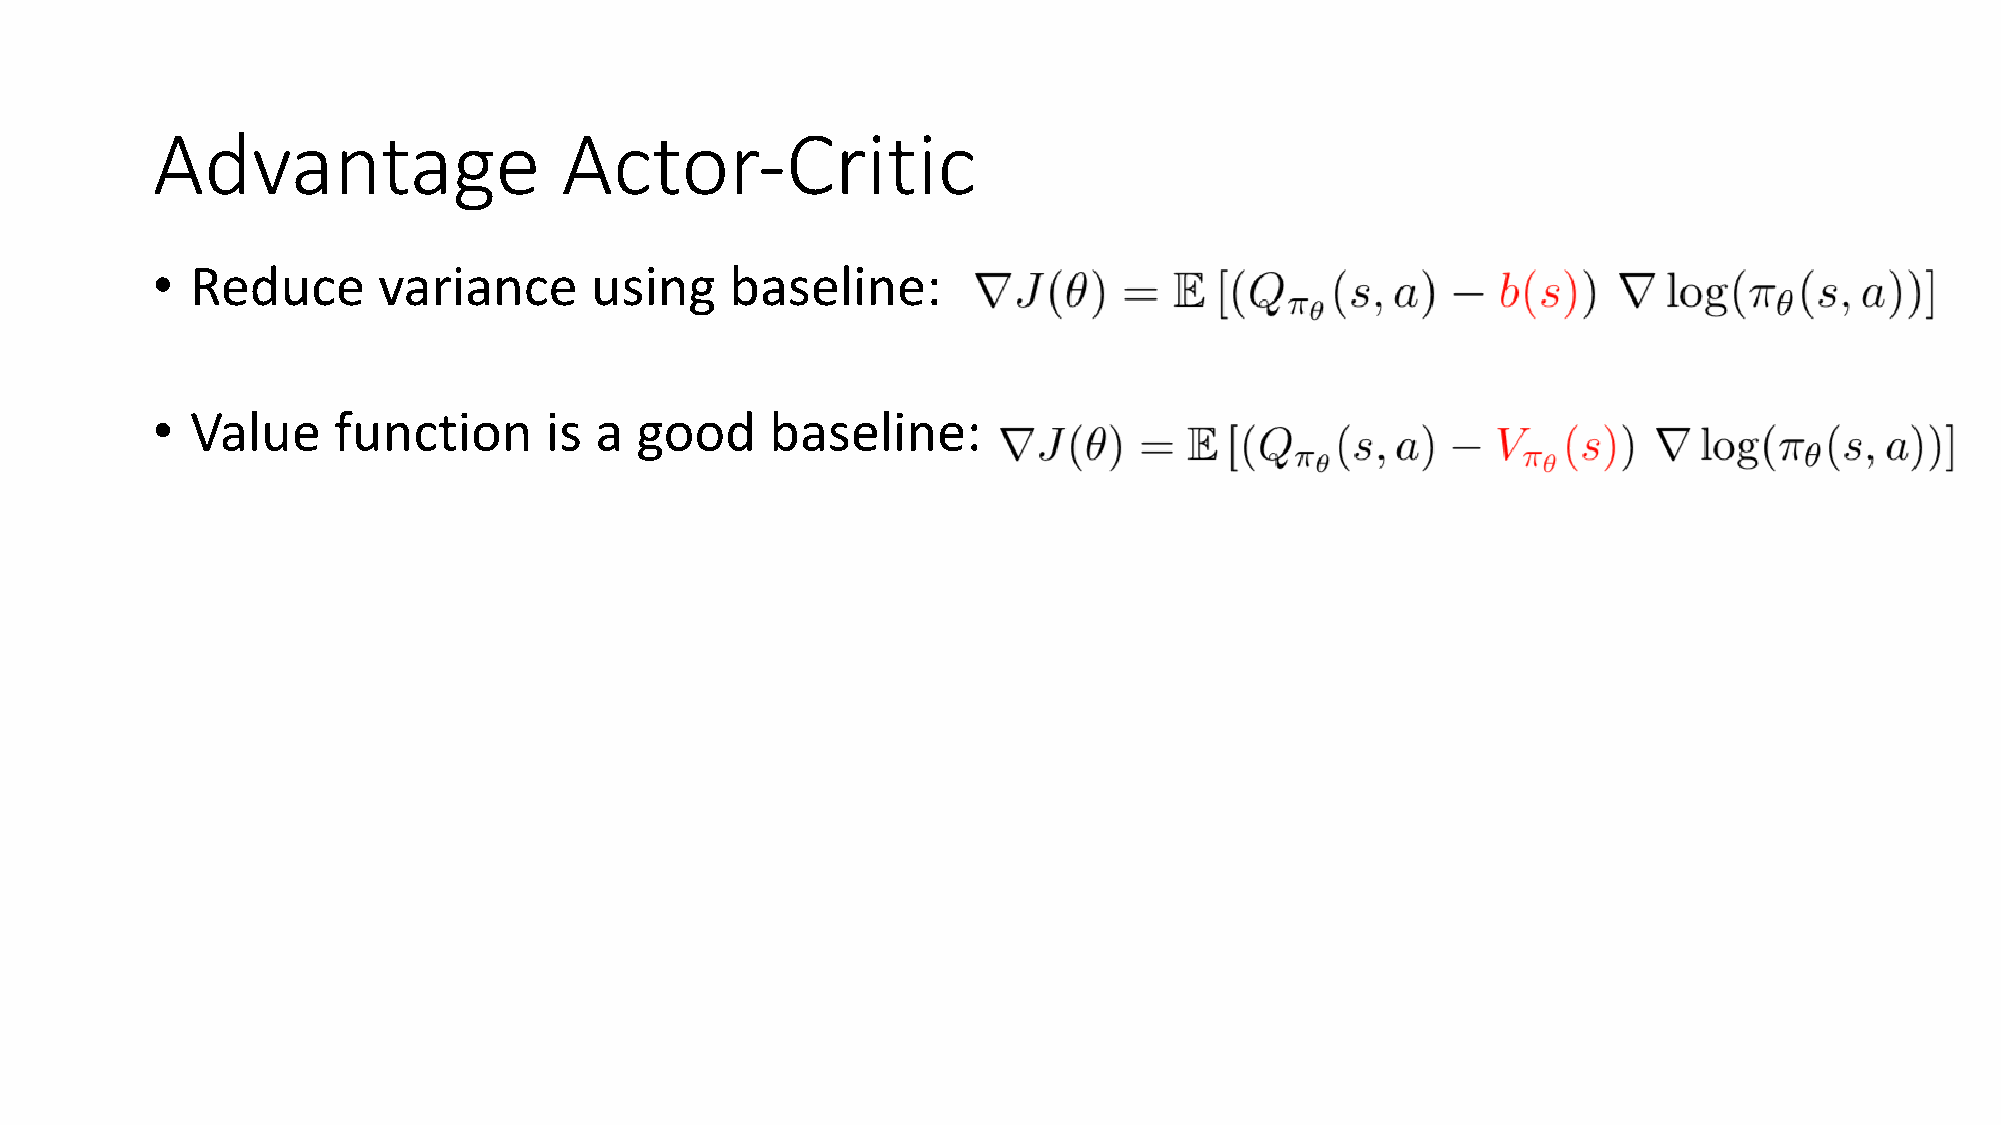
Advantage                  Actor-Critic
 •  Reduce      variance      using    baseline:
 •  Value    function      is a  good     baseline: